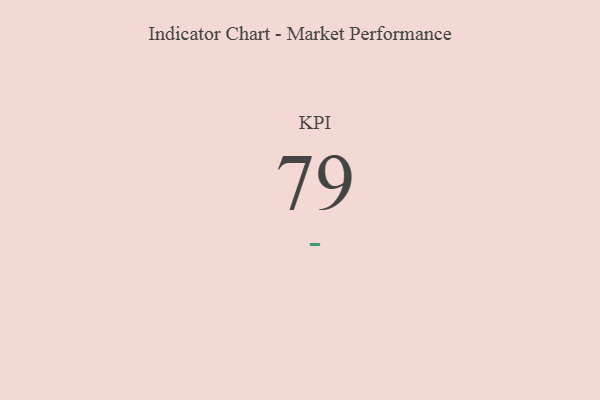
{"axis": {"x": "KPI", "y": "Value"}, "legend": [""], "data": [{"x": "KPI", "y": 79, "type": ""}]}